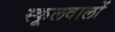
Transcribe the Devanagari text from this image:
स्कूलवालों